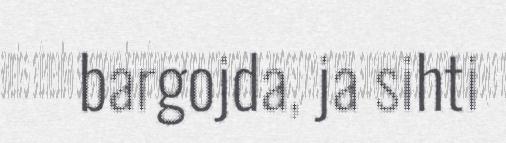
bargojda, ja sihti